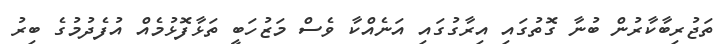
ތަޖުރިބާކާރުން ބުނާ ގޮތުގައި އިރާގުގައި އަނެއްކާ ވެސް މަޒުހަބީ ތަޅާފޮޅުމެއް އުފެދުމުގެ ބިރު